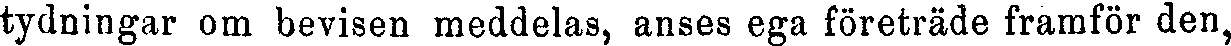
tydningar om bevisen meddelas, anses ega företräde framför den,